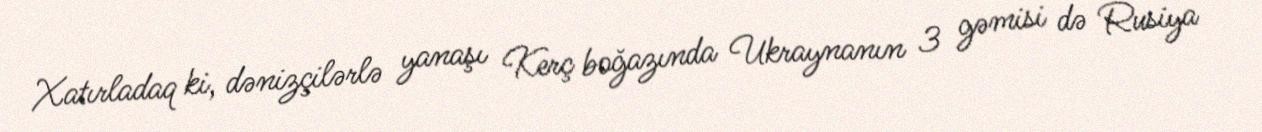
Xatırladaq ki, dənizçilərlə yanaşı Kerç boğazında Ukraynanın 3 gəmisi də Rusiya